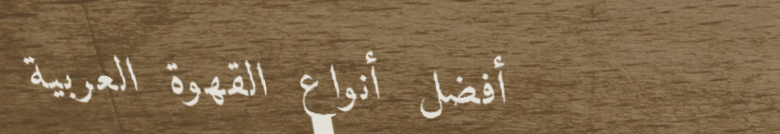
أفضل أنواع القهوة العربية